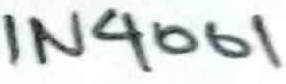
Text: IN4001